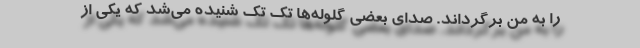
را به من برگرداند. صدای بعضی گلوله‌ها تک تک شنیده می‌شد که یکی از